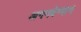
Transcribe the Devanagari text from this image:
अगनबेग्यान